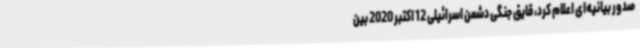
صدور بیانیه‌ای اعلام کرد، قایق جنگی دشمن اسرائیلی 12 اکتبر 2020 بین